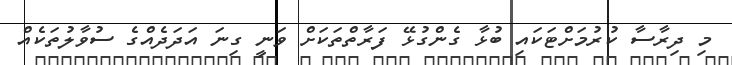
މި ދިރާސާ ކުރުމަށްޓަކައި ބުޅާ ގެންގުޅޭ ފަރާތްތަކަށް ވަނީ ގިނަ އަދަދެއްގެ ސުވާލުތަކެއް